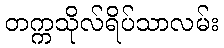
တက္ကသိုလ်ရိပ်သာလမ်း